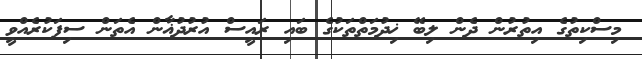
މިސްކިތުގެ އިތުރުން ދެން ލިބޭ ޚިދުމަތްތަކުގެ ބައި ރައީސް އުރުދުޣާން އެތަން ސިފަކުރެއްވީ